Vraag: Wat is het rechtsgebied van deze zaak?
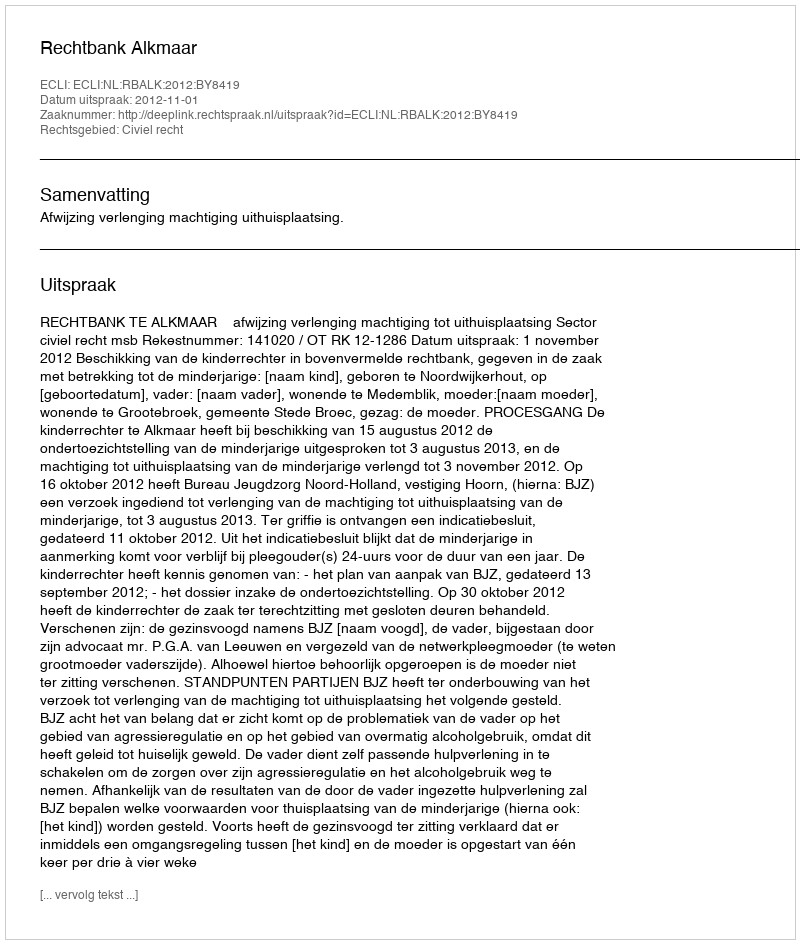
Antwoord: Civiel recht